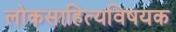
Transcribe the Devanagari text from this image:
लोकसाहित्यविषयक